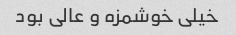
خیلی خوشمزه و عالی بود